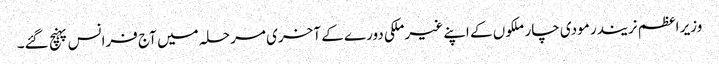
وزیر اعظم نریندر مودی چار ملکوں کے اپنے غیرملکی دورے کے آخری مرحلہ میں آج فرانس پہنچ گئے۔